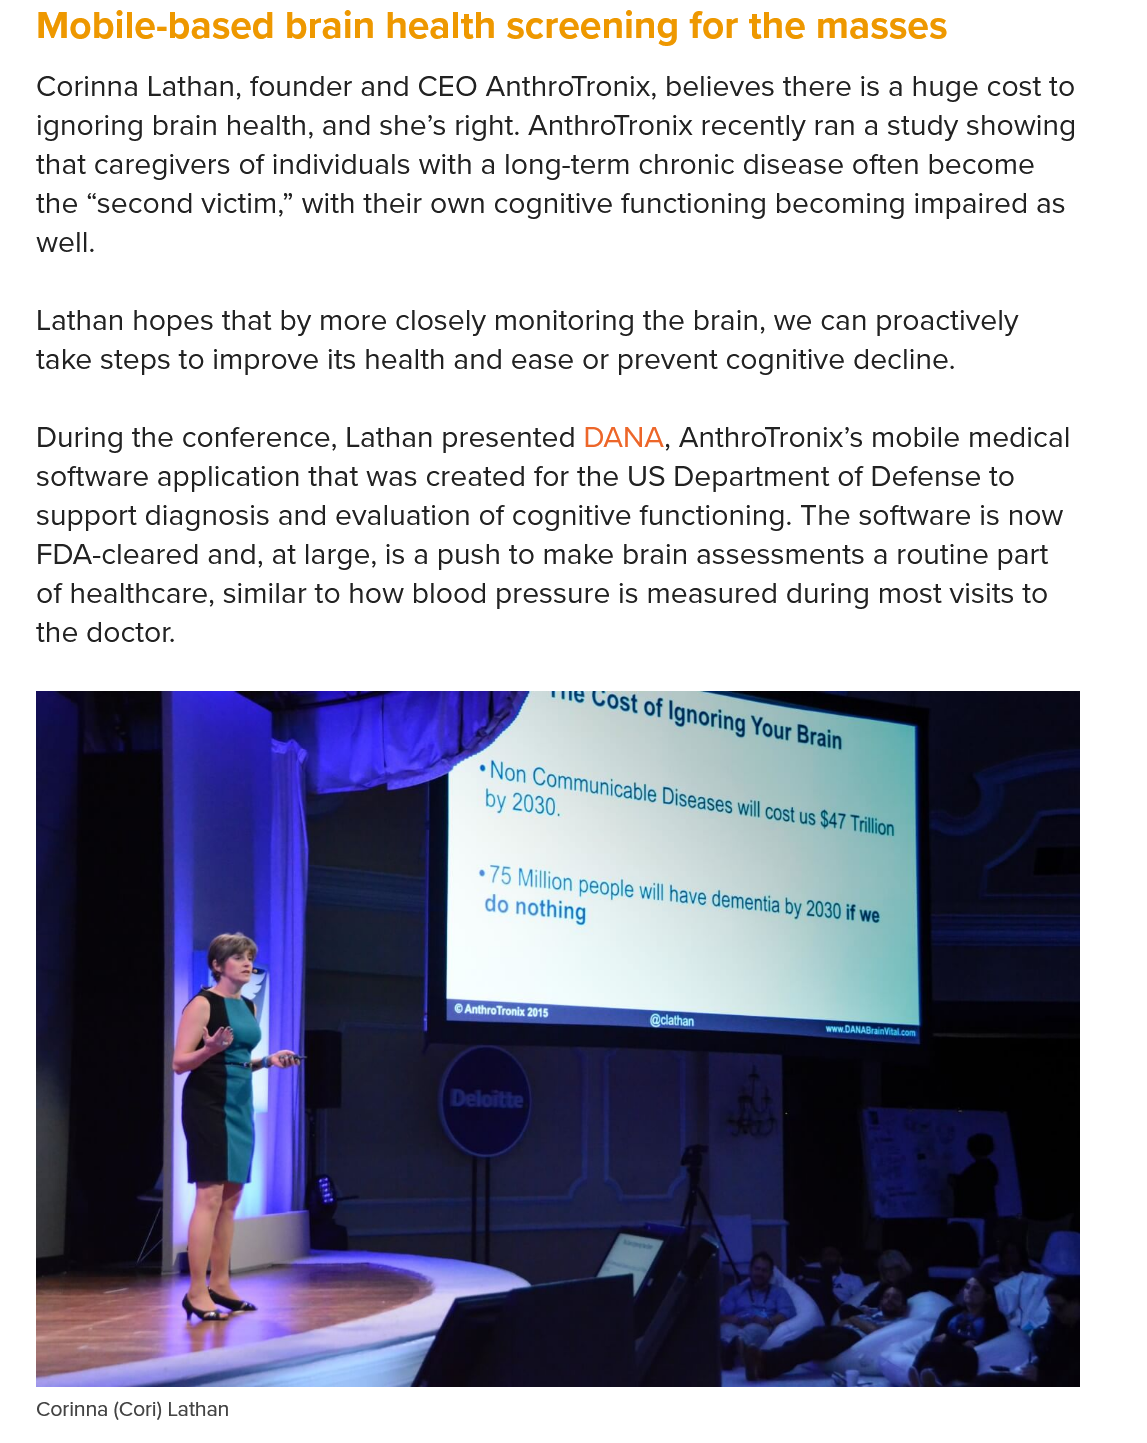
Mobile-based    brain  health  screening   for the  masses
   Corinna Lathan, founder and CEO AnthroTronix, believes there is a huge cost to
   ignoring brain health, and she’s right. AnthroTronix recently ran a study showing
   that caregivers of individuals with a long-term chronic disease often become
   the “second victim,” with their own cognitive functioning becoming impaired as
   well.
   Lathan hopes that by more closely monitoring the brain, we can proactively
   take steps to improve its health and ease or prevent cognitive decline.
   During the conference, Lathan presented DANA, AnthroTronix’s mobile medical
   software application that was created for the US Department of Defense to
   support diagnosis and evaluation of cognitive functioning. The software is now
   FDA-cleared and, at large, is a push to make brain assessments a routine part
   of healthcare, similar to how blood pressure is measured during most visits to
   the doctor.
   Corinna (Cori) Lathan